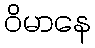
ဝိမာနေ